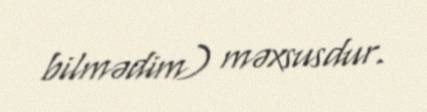
bilmədim) məxsusdur.